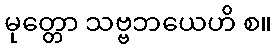
မုတ္တော သဗ္ဗဘယေဟိ စ။